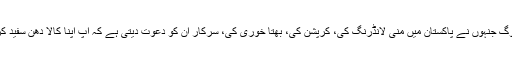
وہ لوگ جنہوں نے پاکستان میں منی لانڈرنگ کی، کرپشن کی، بھتا خوری کی، سرکار ان کو دعوت دیتی ہے کہ آپ اپنا کالا دھن سفید کریں۔